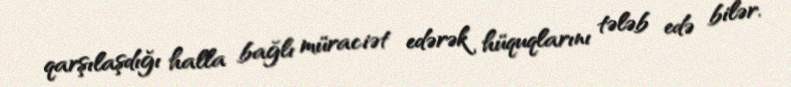
qarşılaşdığı halla bağlı müraciət edərək hüquqlarını tələb edə bilər.